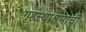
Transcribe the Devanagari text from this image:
गृहस्थाश्रमाची